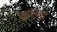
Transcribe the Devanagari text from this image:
खलाह